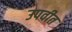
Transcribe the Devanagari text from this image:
उपवीत